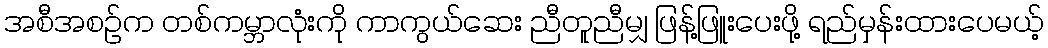
အစီအစဉ်က တစ်ကမ္ဘာလုံးကို ကာကွယ်ဆေး ညီတူညီမျှ ဖြန့်ဖြူးပေးဖို့ ရည်မှန်းထားပေမယ့်